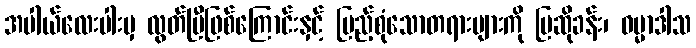
အပါယ်လေးပါးမှ လွတ်ပြီဖြစ်ကြောင်းနှင့် ပြည့်စုံသောတရားများကို ပြဆိုခန်း၊ ဓမ္မာဒါသ